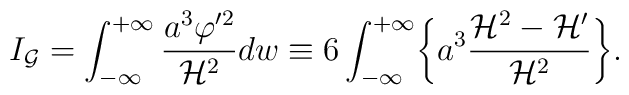
I_{\cal G}= \int_{-\infty}^{+\infty} \frac{a^3 \varphi'^2}{{\cal H}^2} dw \equiv6\int_{-\infty}^{+\infty} \biggl\{a^3 \frac{ {\cal H}^2 - {\cal H}'}{{\cal H}^2}\biggr\}.